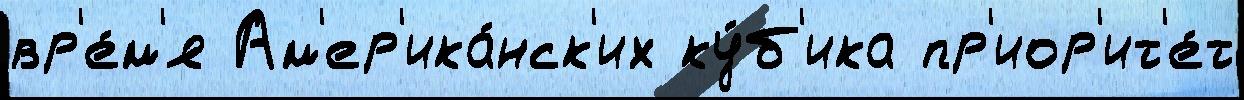
вр'е́м'я Ам'ер'ика́нск'их ку́б'ика пр'иор'ит'е́т